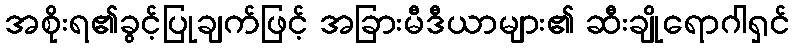
အစိုးရ၏ခွင့်ပြုချက်ဖြင့် အခြားမီဒီယာများ၏ ဆီးချိုရောဂါရှင်